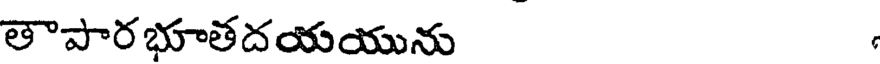
తాపారభూతదయయును